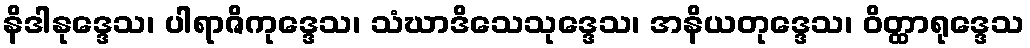
နိဒါနုဒ္ဒေသ၊ ပါရာဇိကုဒ္ဒေသ၊ သံဃာဒိသေသုဒ္ဒေသ၊ အနိယတုဒ္ဒေသ၊ ဝိတ္ထာရုဒ္ဒေသ